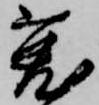
兎